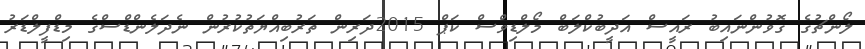
ލޯންޗުގެ ގޮވުންނައިބު ރައީސް އަދީބުކްލަބް މޯލްޑިވްސް ކަޕް 2015ދަރިން ތަރުބިއްޔަތުކުރުން ނެދަލެންޑްސްގެ މިޑްފީލްޑަރު